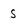
Character: S